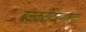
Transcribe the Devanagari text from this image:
बळकटीकरणाबाबत